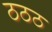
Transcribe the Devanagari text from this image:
ठठठ